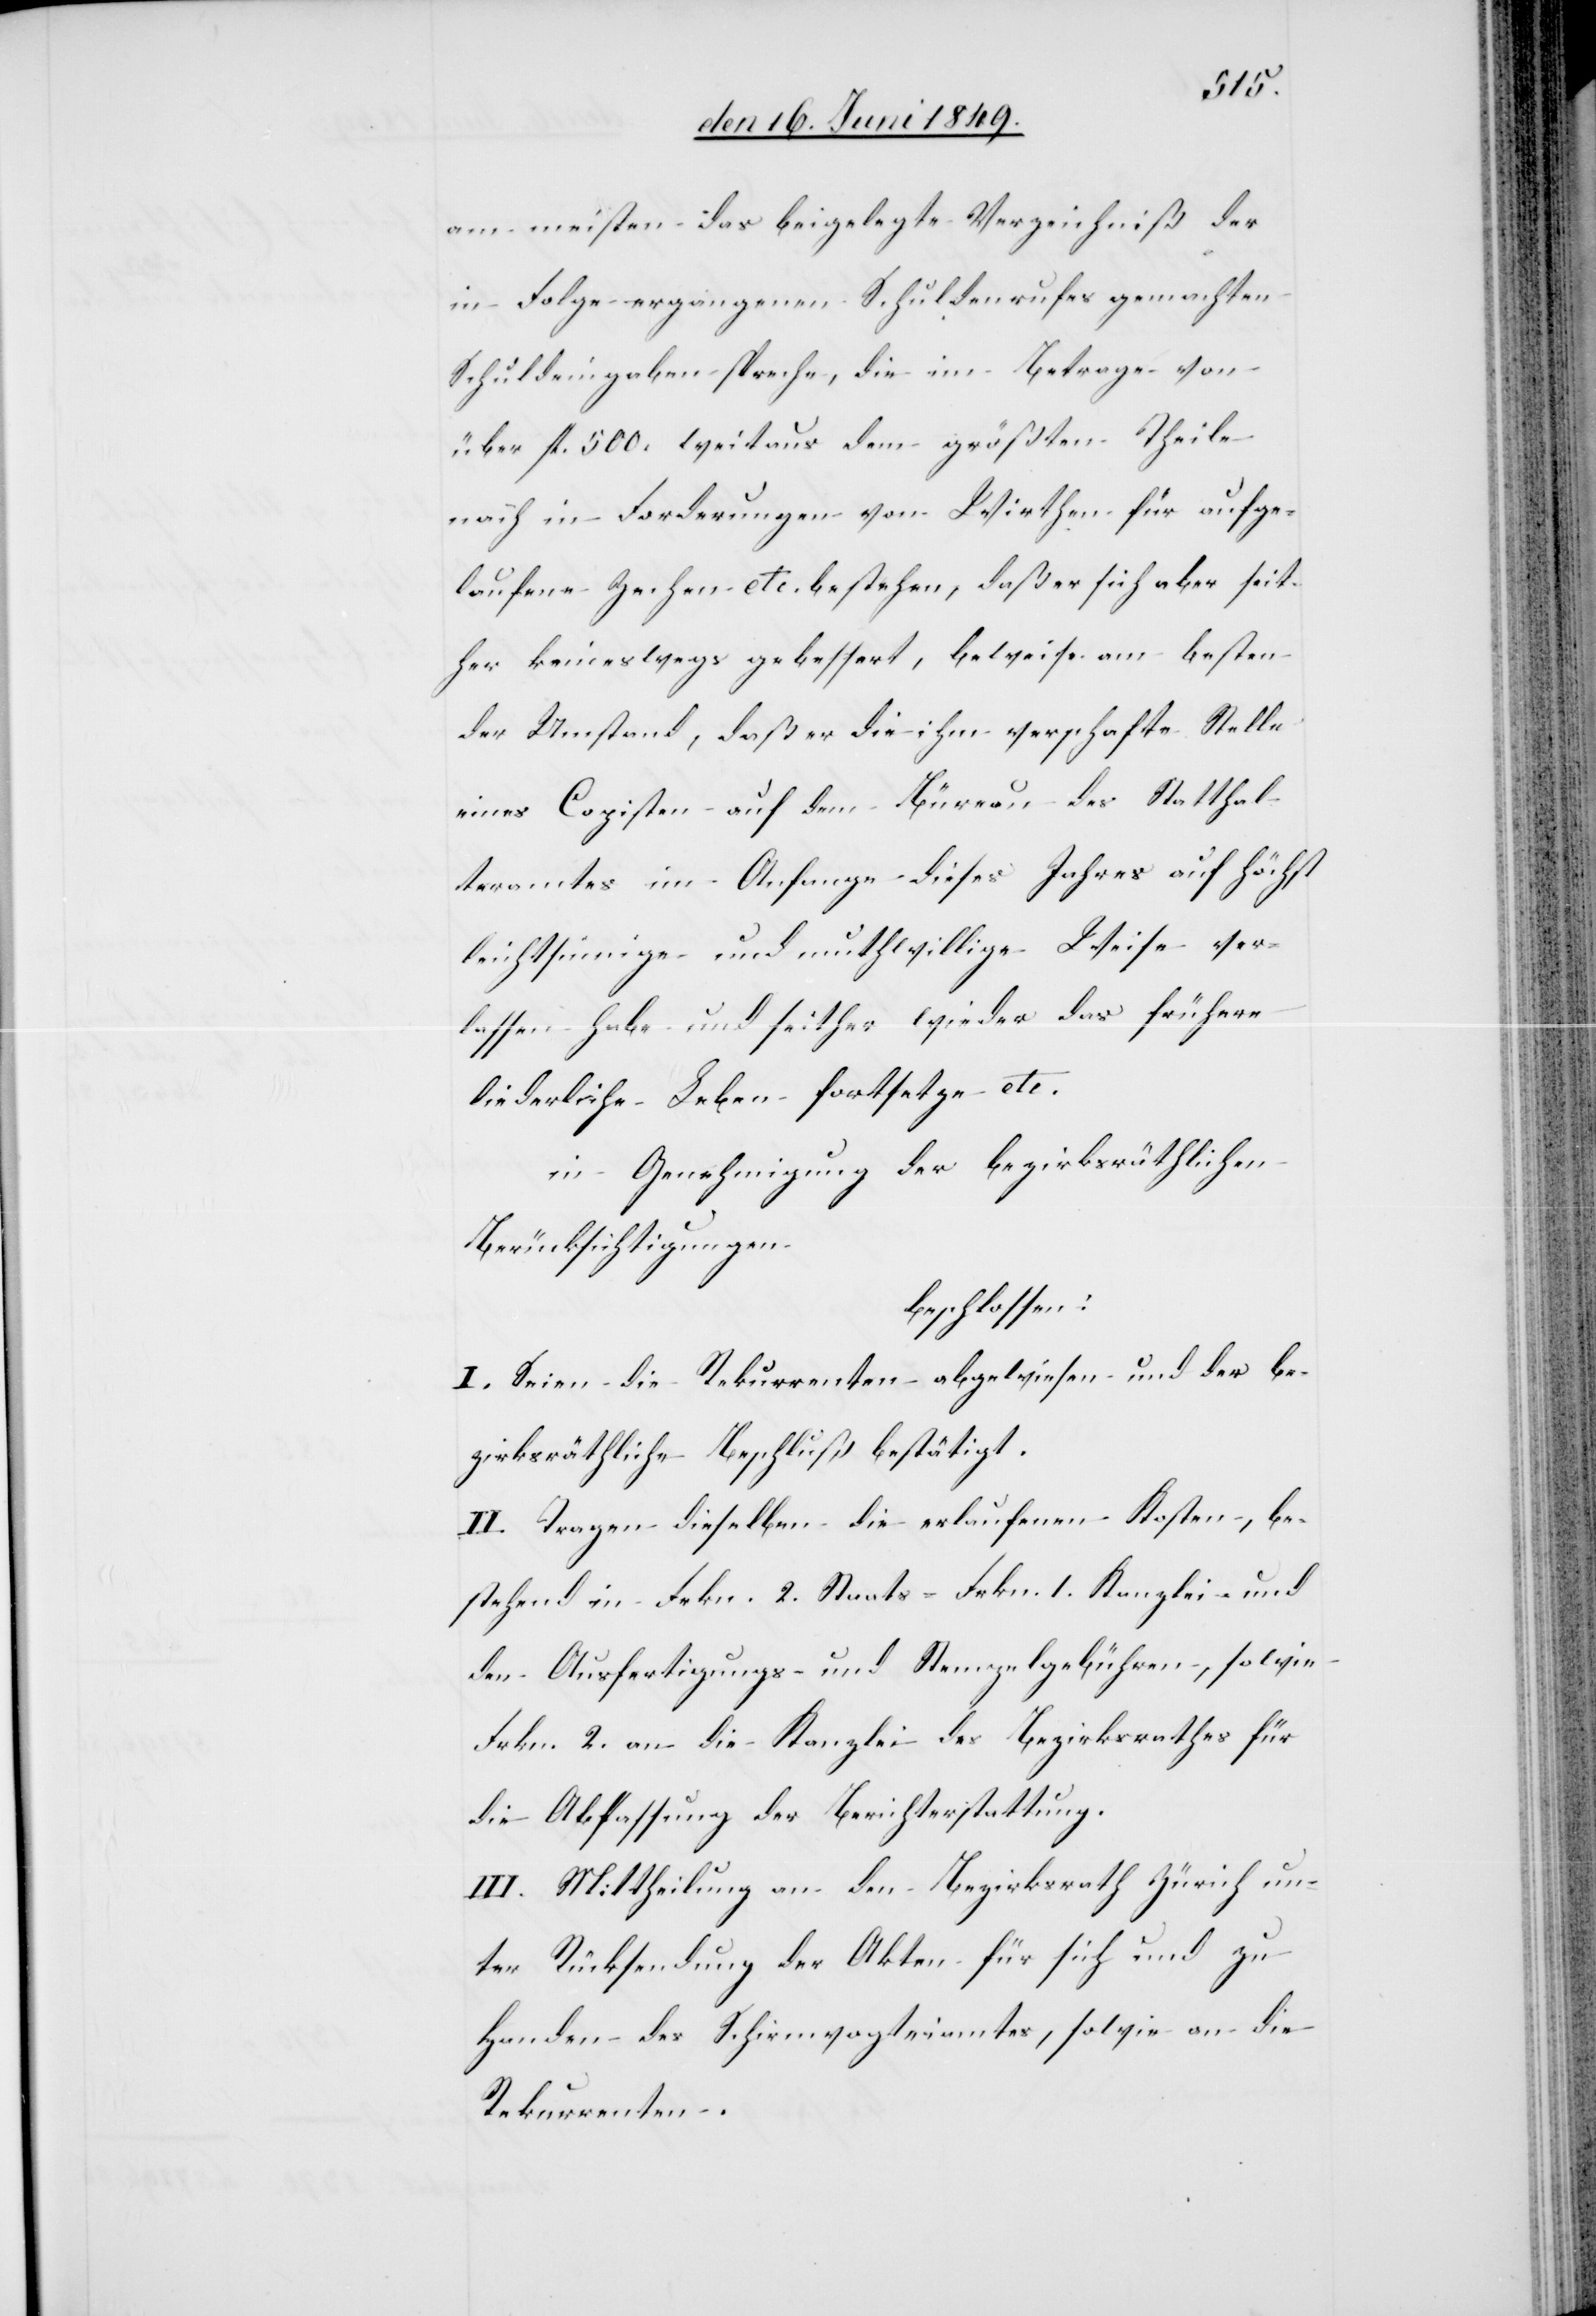
am meisten das beigelegte Verzeichniß der
in Folge ergangenen Schuldenrufes gemachten
Schuldeingaben spreche, die im Betrage von
über fl. 500. weitaus dem größten Theile
nach in Forderungen von Wirthen für aufge¬
laufene Zechen etc. bestehen, daß er sich aber seit¬
her keineswegs gebessert, beweise am besten
der Umstand, daß er die ihm verschafte Stelle
eines Copisten auf dem Büreau des Statthal¬
teramtes im Anfange dieses Jahres auf höchst
leichtsinnige und muthwillige Weise ver¬
lassen habe und seither wieder das frühere
liederliche Leben fortsetze etc.
in Genehmigung der bezirksräthlichen
Berücksichtigungen
beschlossen:
I. Seien die Rekurrenten abgewiesen und der be¬
zirksräthliche Beschluß bestätigt.
II. Tragen dieselben die erlaufenen Kosten, be¬
stehend in Frkn. 2. Staats-[,] Frkn. 1. Kanzlei- und
den Ausfertigungs- und Stempelgebühren, sowie
Frkn. 2. an die Kanzlei des Bezirksrathes für
die Abfassung der Berichterstattung.
III. Mittheilung an den Bezirksrath Zürich un¬
ter Rücksendung der Akten für sich und zu
Handen des Schirmvogteiamtes, sowie an die
Rekurrenten.